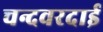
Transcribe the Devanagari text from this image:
चन्दवरदाई